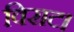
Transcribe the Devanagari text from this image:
विराट।